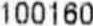
100160